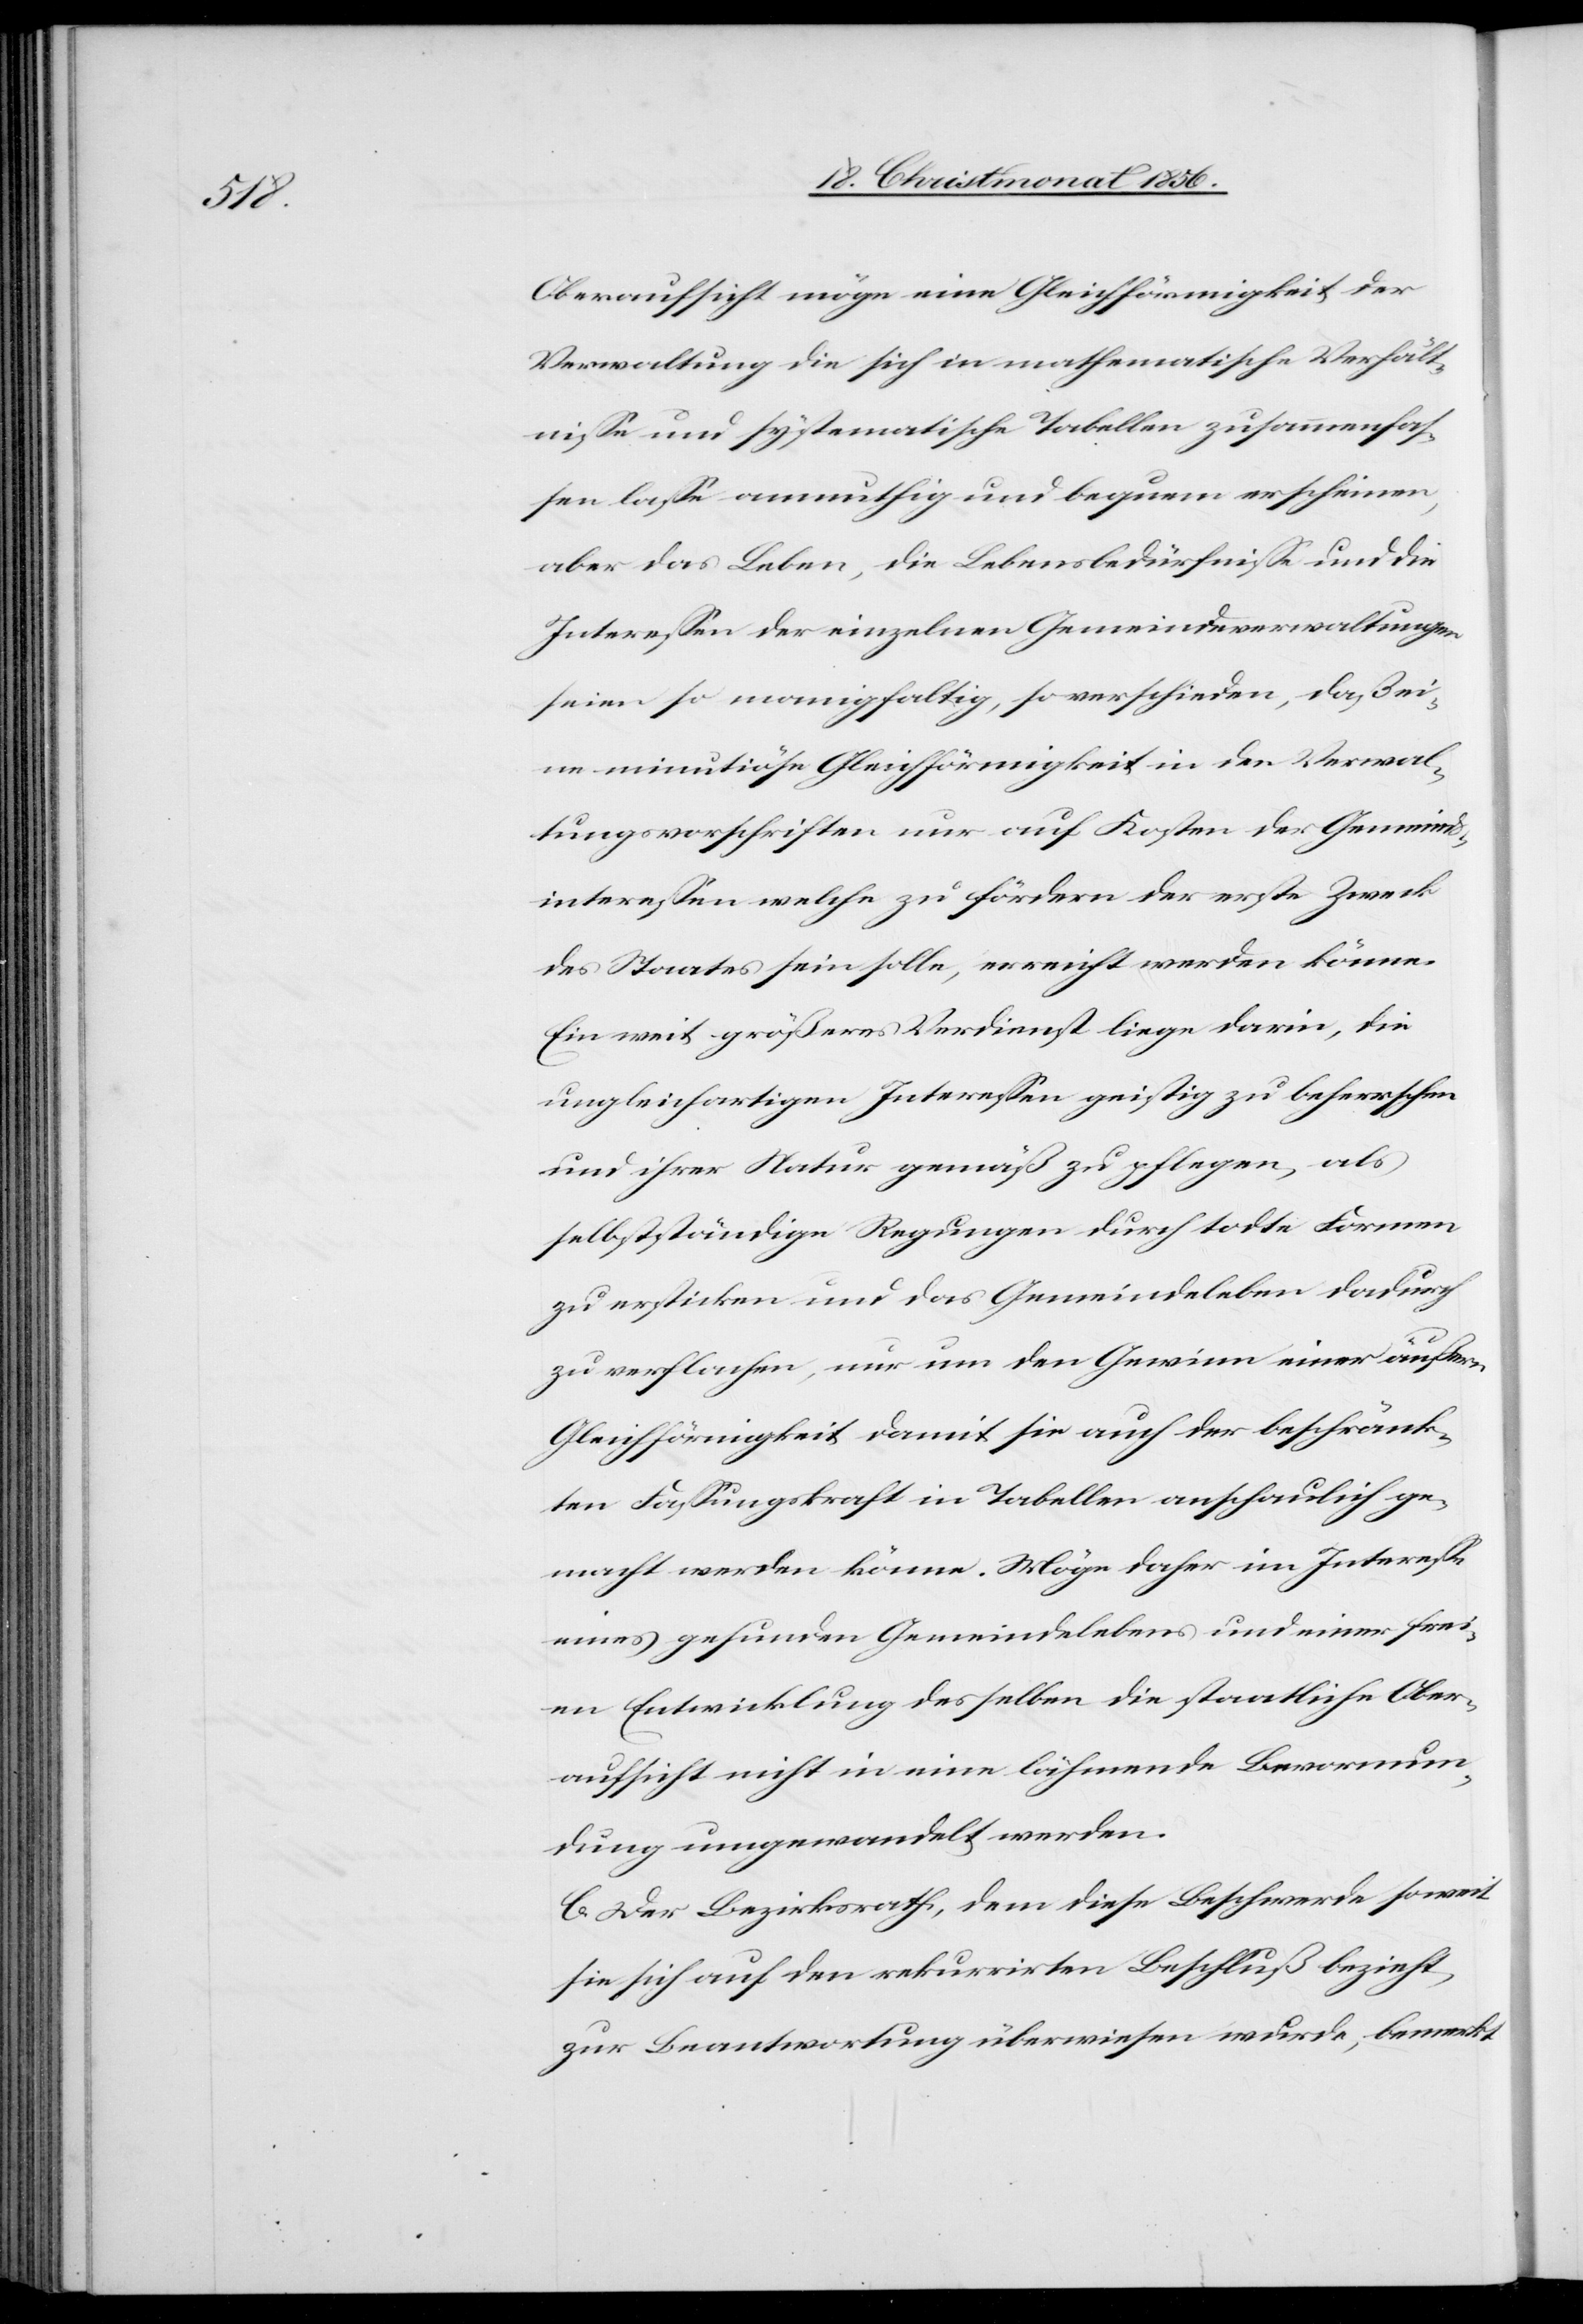
Oberaufsicht möge eine Gleichförmigkeit der
Verwaltung die sich in mathematische Verhält¬
nisse und systematische Tabellen zusammenfas¬
sen lasse anmuthig und bequem erscheinen,
aber das Leben, die Lebensbedürfnisse und die
Interessen der einzelnen Gemeindeverwaltungen
seien so mannigfaltig, so verschieden, daß ei¬
ne minutiöse Gleichförmigkeit in den Verwal¬
tungsvorschriften nur auf Kosten der Gemeinds¬
interessen welche zu fördern der erste Zweck
des Staates sein solle, erreicht werden könne.
Ein weit größeres Verdienst liege darin, die
ungleichartigen Interessen geistig zu beherrschen
und ihrer Natur gemäß zu pflegen, als
selbstständige Regungen durch todte Formen
zu ersticken und das Gemeindeleben dadurch
zu verflachen, nur um den Gewinn einer äußern
Gleichförmigkeit damit sie auch der beschränk¬
ten Fassungskraft in Tabellen anschaulich ge¬
macht werden könne. Möge daher im Interesse
eines gefunden Gemeindelebens und einer frei¬
en Entwicklung desselben die staatliche Ober¬
aufsicht nicht in eine lähmende Bevormun¬
dung umgewandelt werden.
C. Der Bezirksrath, dem diese Beschwerde soweit
sie sich auf den rekurrirten Beschluß bezieht,
zur Beantwortung überwiesen wurde, bemerkt